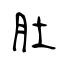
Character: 肚